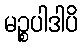
မဉ္စပါဒါပိ